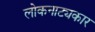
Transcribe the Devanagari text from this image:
लोकनाट्यकार